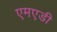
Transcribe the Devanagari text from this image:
एमएडी